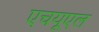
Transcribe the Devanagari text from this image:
एचयूएल